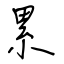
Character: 累